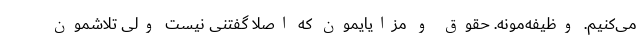
می‌کنیم. وظیفه‌مونه. حقوق و مزایایمون که اصلاً گفتنی نیست ولی تلاشمون